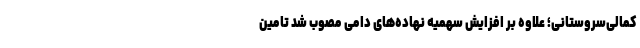
کمالی‌سروستانی؛ علاوه بر افزایش سهمیه نهاده‌های دامی مصوب شد تامین